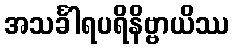
အသင်္ခါရပရိနိဗ္ဗာယိဿ